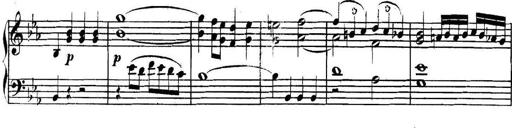
Title: Collected Piano Sonatas
Composer: Muzio Clementi